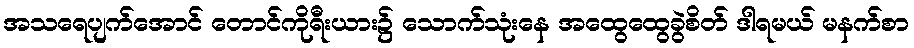
အသရေပျက်အောင် တောင်ကိုရီးယား၌ သောက်သုံးနေ အထွေထွေခွဲစိတ် ဒါရမယ် မနက်စာ